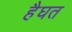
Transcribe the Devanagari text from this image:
हैघत